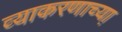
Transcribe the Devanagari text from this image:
व्याकरणाच्या़